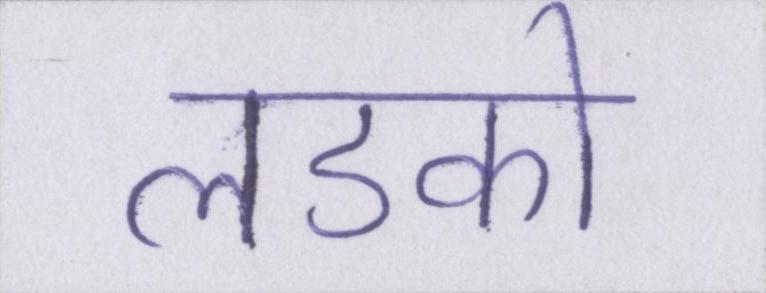
लडको